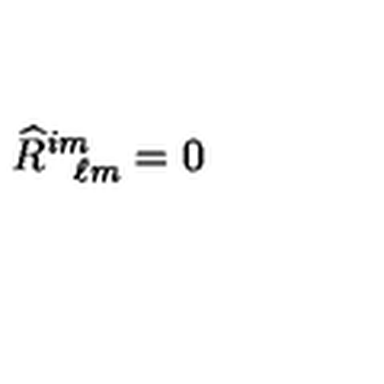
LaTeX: \widehat { R } _ { \phantom { i j } \ell m } ^ { i m } = 0